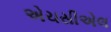
એચસીએલ